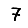
Digit: 7